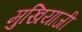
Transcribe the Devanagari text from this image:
मुखियाजी